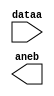
module comp_st (
	dataa,
	aneb);

	input	[4:0]  dataa;
	output	  aneb;

endmodule